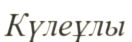
Күлеұлы